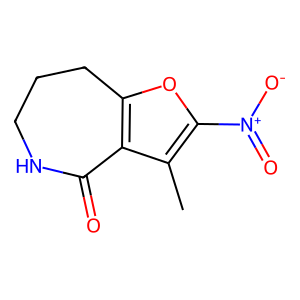
SMILES: Cc1c([N+](=O)[O-])oc2c1C(=O)NCCC2
Inhibits HIV replication: No